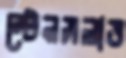
স্টেনসলাভ